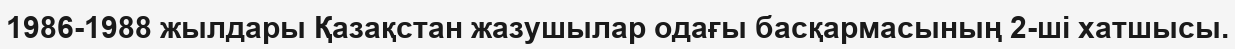
1986-1988 жылдары Қазақстан жазушылар одағы басқармасының 2-ші хатшысы.